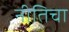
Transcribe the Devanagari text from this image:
नीतिचा